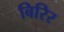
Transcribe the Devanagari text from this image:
बिरिर